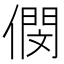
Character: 𠎓